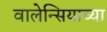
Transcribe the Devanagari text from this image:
वालेन्सियाच्या